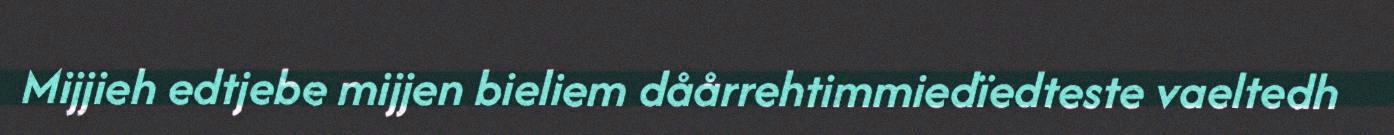
Mijjieh edtjebe mijjen bieliem dåårrehtimmiedïedteste vaeltedh